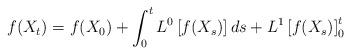
LaTeX: \begin{align*}f(X_t)=f(X_0)+\int_0^t L^0\left[f(X_s)\right]ds + L^1\left[f(X_s)\right]_0^t\end{align*}